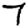
Digit: 7